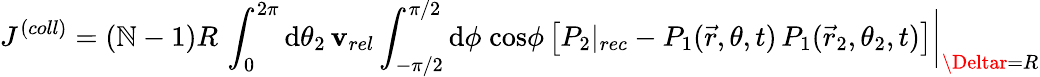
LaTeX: J^{(coll)}=(\mathbb{N}-1)R\, \int_{0}^{2\pi}\mathrm{d}\theta_{2}\, \mathbf{v}_{rel}\int_{-\pi/2}^{\pi/2}\mathrm{d}\phi\; \mathrm{{cos}}\phi\, \big[P_{2}|_{rec}-P_{1}(\vec{{r}},\theta,t)\, P_{1}(\vec{{r}}_{2},\theta_{2},t)\big]\bigg|_{\Deltar=R}